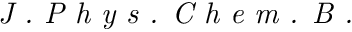
\textit { J . P h y s . C h e m . B . }